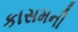
કાસમની